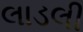
લાડલી